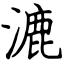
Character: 漉